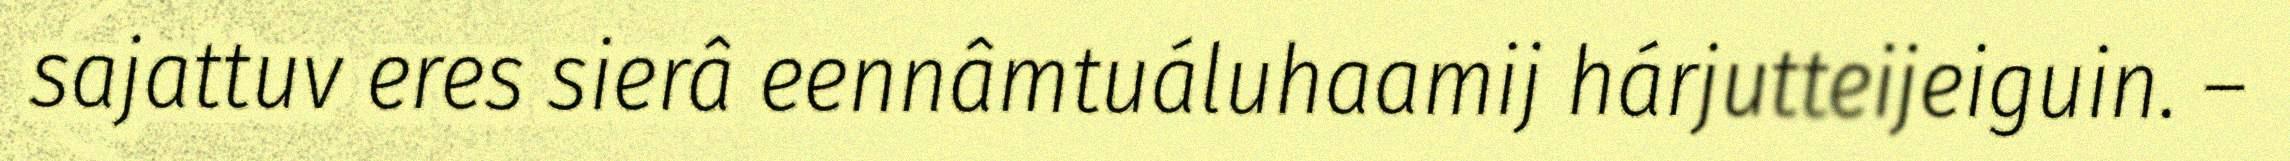
sajattuv eres sierâ eennâmtuáluhaamij hárjutteijeiguin. –